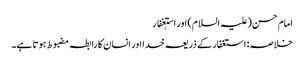
امام حسن(علیہ السلام) اور استٖغفار
خلاصہ: استغفار کے ذریعہ خدا اور انسان کا رابطہ مضبوط ہوتا ہے۔